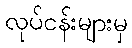
လုပ်ငန်းများမှ